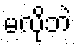
မလိုဘဲ